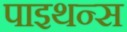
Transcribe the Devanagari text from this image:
पाइथन्स